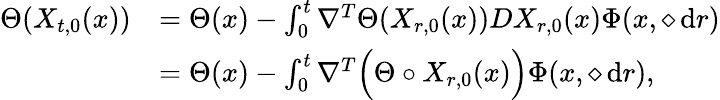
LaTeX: \begin{array}{rl}{\Theta(X_{t,0}(x))}&{=\Theta(x)-\int_{0}^{t}\nabla^{T}\Theta(X_{r,0}(x))DX_{r,0}(x)\Phi(x,\diamond\, \mathrm{d}r)}\\ &{=\Theta(x)-\int_{0}^{t}\nabla^{T}\Big(\Theta\circ X_{r,0}(x)\Big)\Phi(x,\diamond\, \mathrm{d}r),}\end{array}